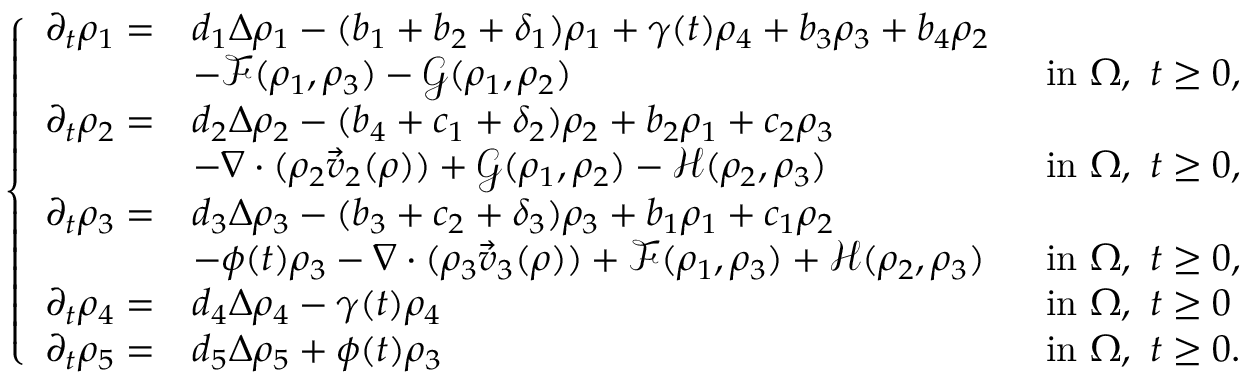
\left\{ \begin{array} { l l l } { \partial _ { t } \rho _ { 1 } = } & { d _ { 1 } \Delta \rho _ { 1 } - ( b _ { 1 } + b _ { 2 } + \delta _ { 1 } ) \rho _ { 1 } + \gamma ( t ) \rho _ { 4 } + b _ { 3 } \rho _ { 3 } + b _ { 4 } \rho _ { 2 } } & \\ & { - \mathcal { F } ( \rho _ { 1 } , \rho _ { 3 } ) - \mathcal { G } ( \rho _ { 1 } , \rho _ { 2 } ) \; } & { \mathrm { ~ i n ~ } \Omega , \ t \geq 0 , } \\ { \partial _ { t } \rho _ { 2 } = } & { d _ { 2 } \Delta \rho _ { 2 } - ( b _ { 4 } + c _ { 1 } + \delta _ { 2 } ) \rho _ { 2 } + b _ { 2 } \rho _ { 1 } + c _ { 2 } \rho _ { 3 } } & \\ & { - \nabla \cdot ( \rho _ { 2 } \vec { v } _ { 2 } ( \rho ) ) + \mathcal { G } ( \rho _ { 1 } , \rho _ { 2 } ) - \mathcal { H } ( \rho _ { 2 } , \rho _ { 3 } ) \; } & { \mathrm { ~ i n ~ } \Omega , \ t \geq 0 , } \\ { \partial _ { t } \rho _ { 3 } = } & { d _ { 3 } \Delta \rho _ { 3 } - ( b _ { 3 } + c _ { 2 } + \delta _ { 3 } ) \rho _ { 3 } + b _ { 1 } \rho _ { 1 } + c _ { 1 } \rho _ { 2 } } \\ & { - \phi ( t ) \rho _ { 3 } - \nabla \cdot ( \rho _ { 3 } \vec { v } _ { 3 } ( \rho ) ) + \mathcal { F } ( \rho _ { 1 } , \rho _ { 3 } ) + \mathcal { H } ( \rho _ { 2 } , \rho _ { 3 } ) \; } & { \mathrm { ~ i n ~ } \Omega , \ t \geq 0 , } \\ { \partial _ { t } \rho _ { 4 } = } & { d _ { 4 } \Delta \rho _ { 4 } - \gamma ( t ) \rho _ { 4 } \; } & { \mathrm { ~ i n ~ } \Omega , \ t \geq 0 } \\ { \partial _ { t } \rho _ { 5 } = } & { d _ { 5 } \Delta \rho _ { 5 } + \phi ( t ) \rho _ { 3 } \; } & { \mathrm { ~ i n ~ } \Omega , \ t \geq 0 . } \end{array} \right.